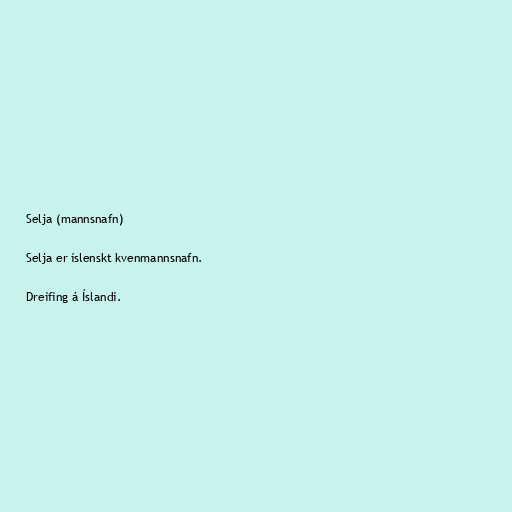
Selja (mannsnafn)

Selja er íslenskt kvenmannsnafn.

Dreifing á Íslandi.